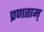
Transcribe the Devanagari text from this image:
प्रणताम्